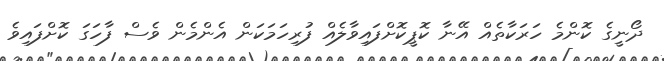
ދޯނީގެ ކޮންމެ ހަރަކާތެއް އޭނާ ކޮޕީކޮށްފައިވާލެއް ފުރިހަމަކަން އެންމެން ވެސް ފާހަގަ ކޮށްފައިވެ